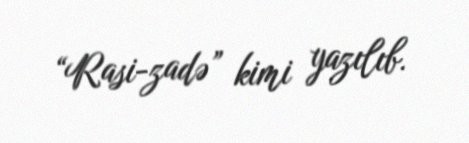
“Rasi-zadə” kimi yazılıb.